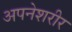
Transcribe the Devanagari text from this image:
अपनेशरीर